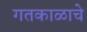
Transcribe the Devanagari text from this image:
गतकाळाचे